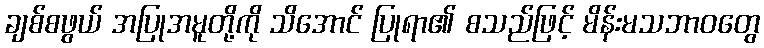
ချစ်စဖွယ် အပြုအမူတို့ကို သိအောင် ပြုရာ၏ စသည်ဖြင့် မိန်းမသဘာဝတွေ